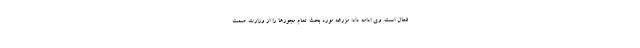
فعال است. وی ادامه داد: مزرعه مورد بحث تمام مجوزها را از وزارت صمت